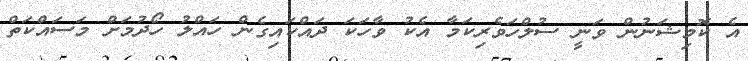
އެ ކޮމިޝަނުން ވަނީ ސުލްހަވެރިކަމާ އެކު ވާހަކަ ދައްކައިގެން ހައްލު ހޯދުމަށް މަސައްކަތް